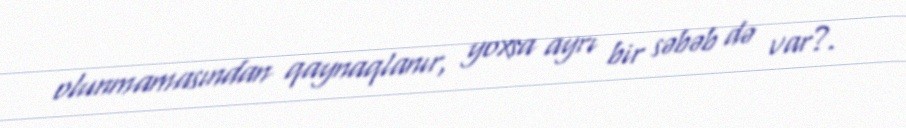
olunmamasından qaynaqlanır, yoxsa ayrı bir səbəb də var?.